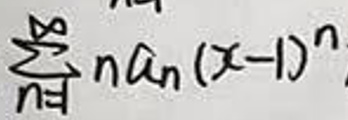
$\sum_{n = 1}^{\infty} n a_{n} (x - 1)^{n}$